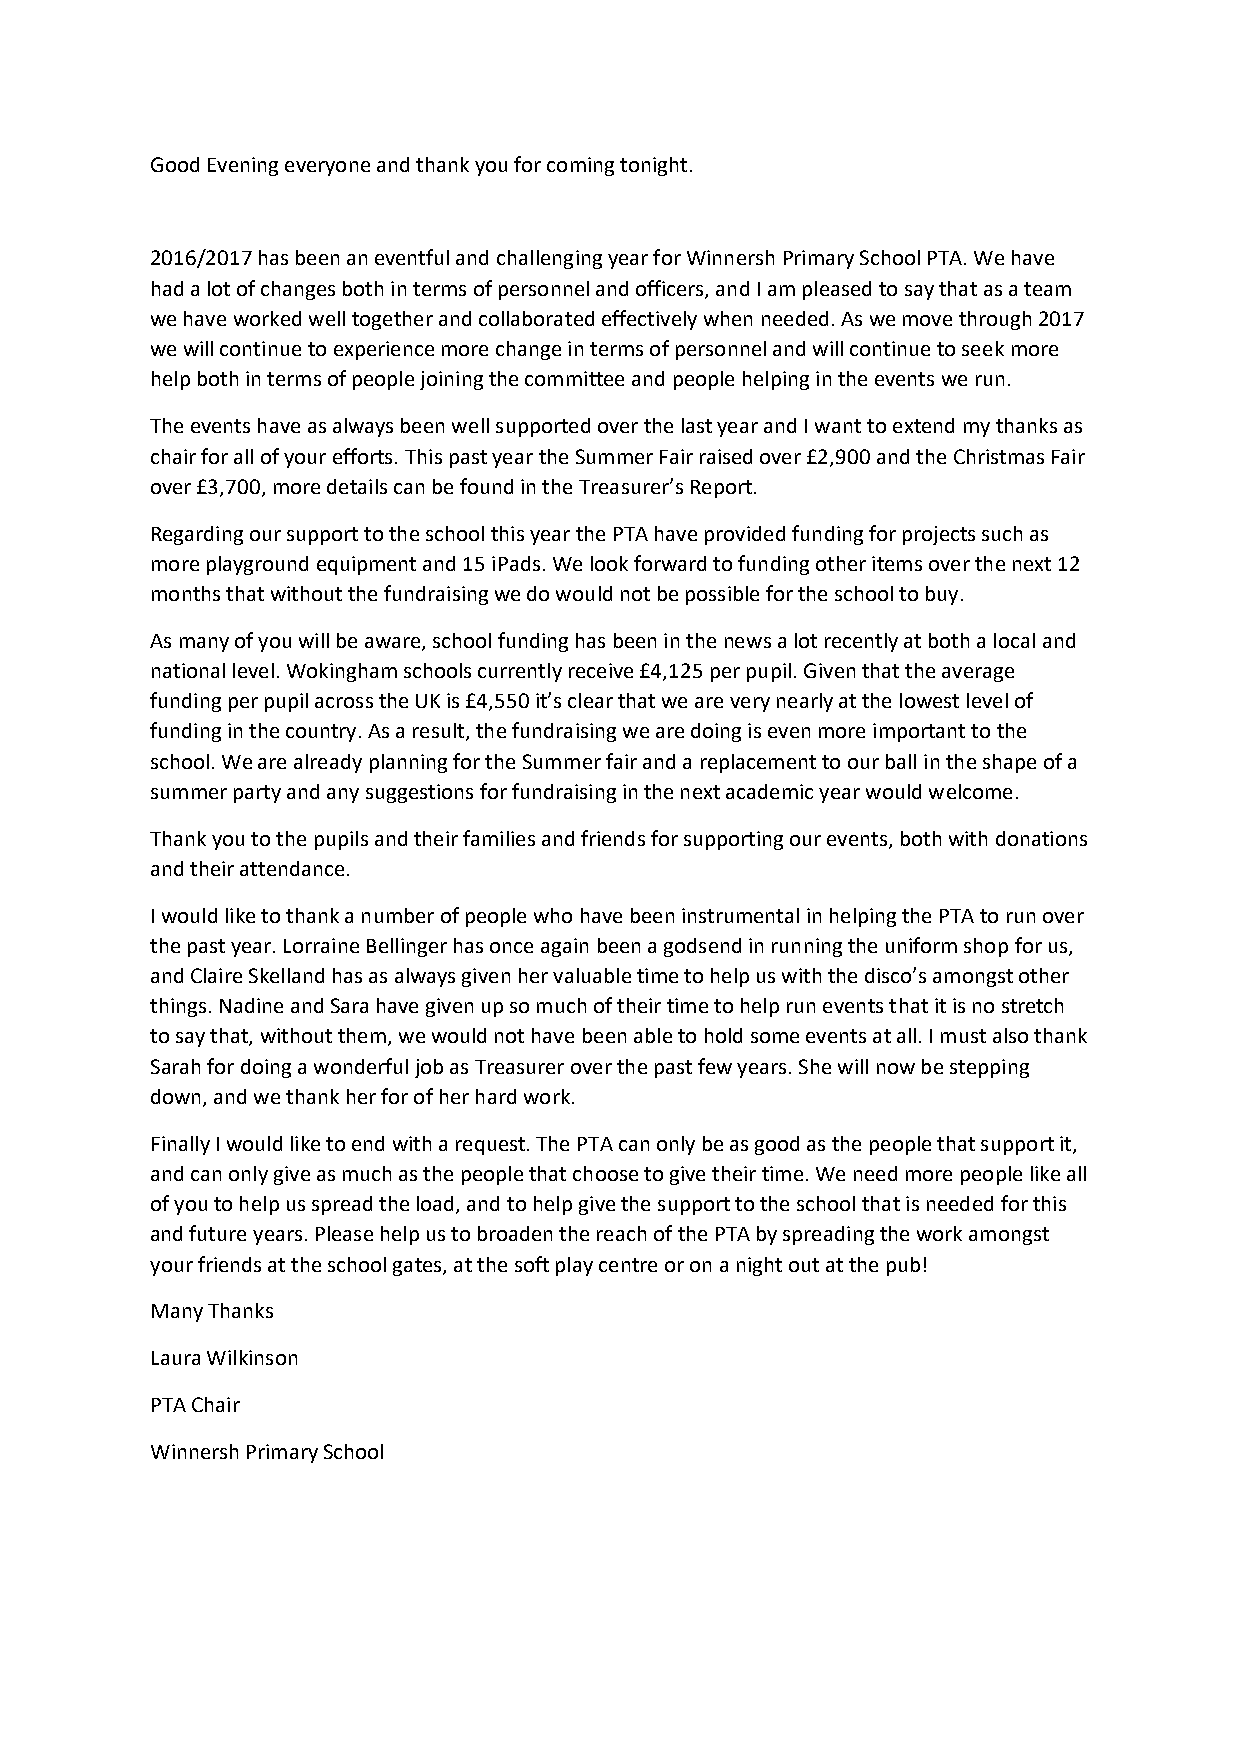
Good Evening everyone and thank you for coming tonight.
 2016/2017 has been an eventful and challenging year for Winnersh Primary School PTA. We have
 had a lot of changes both in terms of personnel and officers, and I am pleased to say that as a team
 we have worked well together and collaborated effectively when needed. As we move through 2017
 we will continue to experience more change in terms of personnel and will continue to seek more
 help both in terms of people joining the committee and people helping in the events we run.
 The events have as always been well supported over the last year and I want to extend my thanks as
 chair for all of your efforts. This past year the Summer Fair raised over £2,900 and the Christmas Fair
 over £3,700, more details can be found in the Treasurer’s Report.
 Regarding our support to the school this year the PTA have provided funding for projects such as
 more playground equipment and 15 iPads. We look forward to funding other items over the next 12
 months that without the fundraising we do would not be possible for the school to buy.
 As many of you will be aware, school funding has been in the news a lot recently at both a local and
 national level. Wokingham schools currently receive £4,125 per pupil. Given that the average
 funding per pupil across the UK is £4,550 it’s clear that we are very nearly at the lowest level of
 funding in the country. As a result, the fundraising we are doing is even more important to the
 school. We are already planning for the Summer fair and a replacement to our ball in the shape of a
 summer party and any suggestions for fundraising in the next academic year would welcome.
 Thank you to the pupils and their families and friends for supporting our events, both with donations
 and their attendance.
 I would like to thank a number of people who have been instrumental in helping the PTA to run over
 the past year. Lorraine Bellinger has once again been a godsend in running the uniform shop for us,
 and Claire Skelland has as always given her valuable time to help us with the disco’s amongst other
 things. Nadine and Sara have given up so much of their time to help run events that it is no stretch
 to say that, without them, we would not have been able to hold some events at all. I must also thank
 Sarah for doing a wonderful job as Treasurer over the past few years. She will now be stepping
 down, and we thank her for of her hard work.
 Finally I would like to end with a request. The PTA can only be as good as the people that support it,
 and can only give as much as the people that choose to give their time. We need more people like all
 of you to help us spread the load, and to help give the support to the school that is needed for this
 and future years. Please help us to broaden the reach of the PTA by spreading the work amongst
 your friends at the school gates, at the soft play centre or on a night out at the pub!
 Many Thanks
 Laura Wilkinson
 PTA Chair
 Winnersh Primary School